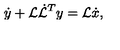
\dot { y } + { \cal L } \dot { \cal L } ^ { T } y = { \cal L } \dot { x } ,